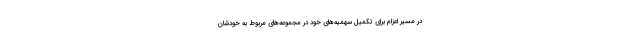
در مسیر اعزام برای تکمیل سهمیه‌های خود در مجموعه‌های مربوط به خودشان